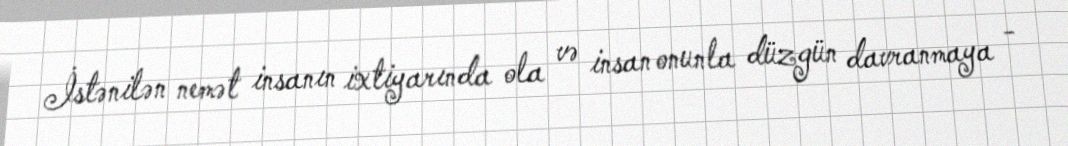
İstənilən nemət insanın ixtiyarında ola və insan onunla düzgün davranmaya -